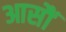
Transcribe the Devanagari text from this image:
आसौं